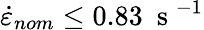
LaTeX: \dot{\varepsilon}_{nom}\leq 0.83~\mathrm{~s~}^{-1}